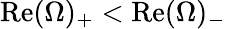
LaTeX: \textrm{Re}(\Omega)_{+}<\textrm{Re}(\Omega)_{-}